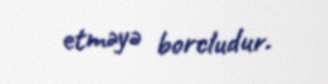
etməyə borcludur.